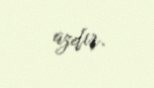
azdır.